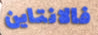
فالانتاين